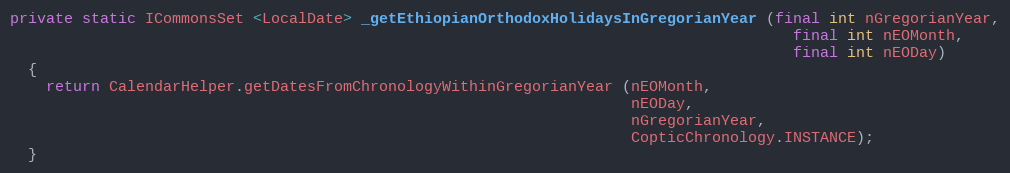
Language: Java
private static ICommonsSet <LocalDate> _getEthiopianOrthodoxHolidaysInGregorianYear (final int nGregorianYear,
                                                                                       final int nEOMonth,
                                                                                       final int nEODay)
  {
    return CalendarHelper.getDatesFromChronologyWithinGregorianYear (nEOMonth,
                                                                     nEODay,
                                                                     nGregorianYear,
                                                                     CopticChronology.INSTANCE);
  }